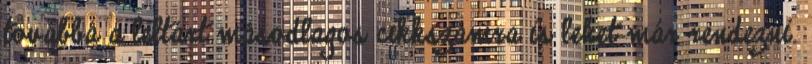
továbbá a leltárt másodlagos cikkszámra is lehet már rendezni.